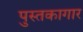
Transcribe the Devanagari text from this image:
पुस्तकागार